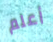
أعلم